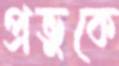
প্রভুকে